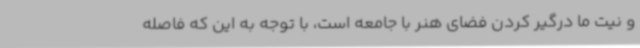
و نیت ما درگیر کردن فضای هنر با جامعه است، با توجه به این که فاصله